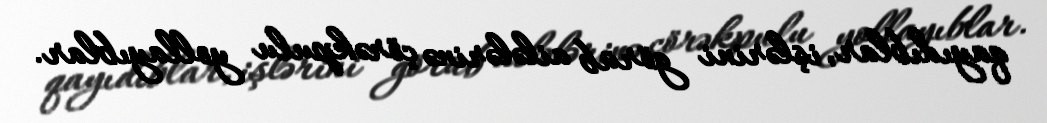
qayıdıblar, işlərini görüb ailələrinə çörəkpulu yollayıblar.